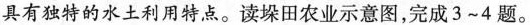
具有独特的水土利用特点。读垛田农业示意图，完成3~4题。